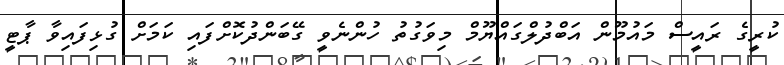
ކުރީގެ ރައީސް މައުމޫން އަބްދުލްގައްޔޫމް މިވަގުތު ހުންނެވީ ގޭބަންދުކޮށްފައި ކަމަށް ގުޅިފައިވާ ޕާޓީ